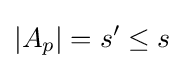
|A_{p}|=s'\leq s